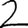
Digit: 2